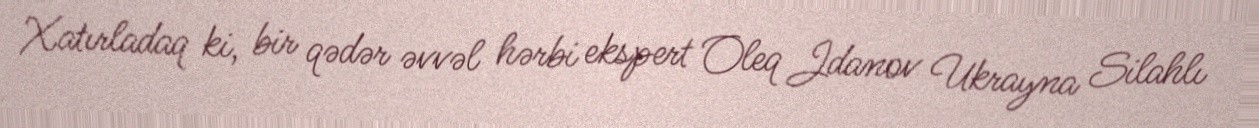
Xatırladaq ki, bir qədər əvvəl hərbi ekspert Oleq Jdanov Ukrayna Silahlı